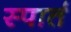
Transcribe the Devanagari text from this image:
स्पार्त